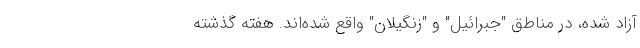
آزاد شده، در مناطق "جبرائیل" و "زنگیلان" واقع شده‌اند. هفته گذشته